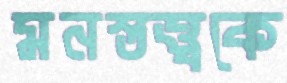
মনস্তত্ত্বকে